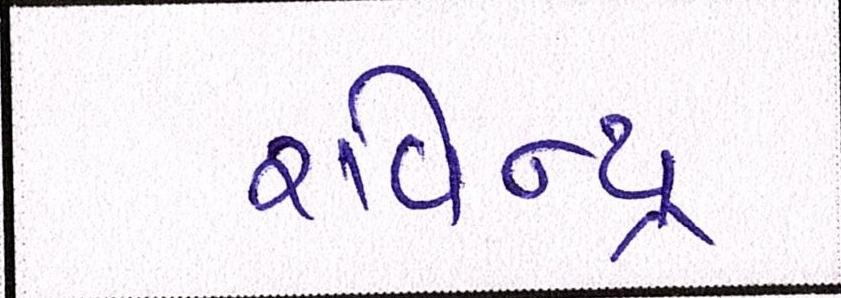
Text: રવિન્દ્ર